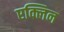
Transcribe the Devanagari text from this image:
एक्लिन